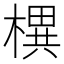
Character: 𣚣